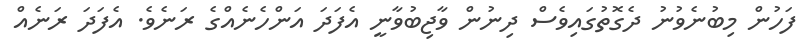
ފަހުން މިބުނެވުނު ދެގޮތުގައިވެސް ދިނުން ވާޖިބުވާނީ އެފަދަ އަންހެނެއްގެ ރަނެވެ. އެފަދަ ރަނެއް